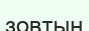
зовтың